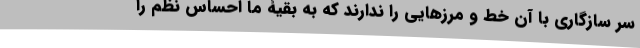
سر سازگاری با آن خط و مرزهایی را ندارند که به بقیۀ ما احساس نظم را